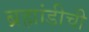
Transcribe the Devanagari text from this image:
ब्रह्मांडीची